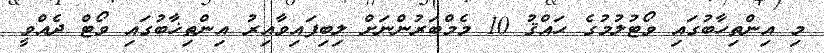
މި އިންތިހާބުގައި ވޯޓުލުމުގެ ޙައްޤު 10 މެމްބަރުންނަށް ލިބިފައިވާއިރު އިންތިޚާބުގައި ވޯޓް ދެއްވީ